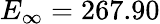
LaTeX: E_{\infty}=267.90